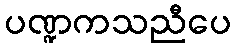
ပဏ္ဍကသညီပေ